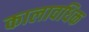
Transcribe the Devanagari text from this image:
कालावधिक